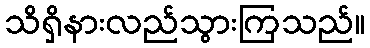
သိရှိနားလည်သွားကြသည်။